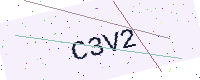
Text: C3V2